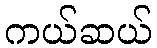
ကယ်ဆယ်